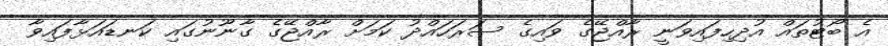
އެ ބޯޓުތައް އުދިހިފައިވަނީ ރާއްޖޭގެ ވައިގެ ސަރަހައްދު ކަމަށް ރާއްޖޭގެ ގާނޫނުގައި ކަނޑައަޅާފައިވާ